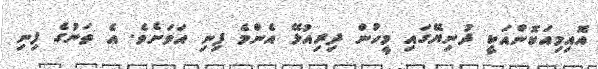
އޮއިމިއަކޮންއަކީ ދުނިޔޭގައި މީހުން ދިރިއުޅޭ އެންމެ ފިނި އަވަށެވެ. އެ ތަނުގެ ފިނި